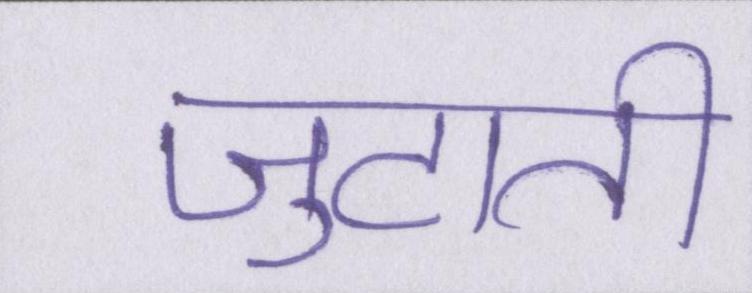
जुटाती